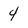
Character: 4